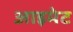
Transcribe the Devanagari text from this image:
आइमेट